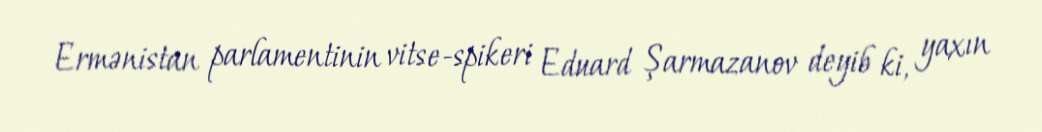
Ermənistan parlamentinin vitse-spikeri Eduard Şarmazanov deyib ki, yaxın